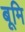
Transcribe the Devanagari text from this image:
बूमि